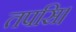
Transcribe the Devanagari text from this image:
तपसि।